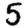
Digit: 5